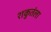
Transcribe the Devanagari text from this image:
शकुतंला